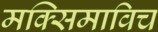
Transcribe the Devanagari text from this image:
मक्सिमाविच